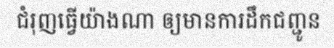
ជំរុញធ្វើយ៉ាងណា ឲ្យមានការដឹកជញ្ជូន